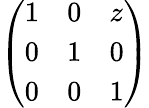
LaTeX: \left(\begin{array}{lll}{1}&{0}&{z}\\ {0}&{1}&{0}\\ {0}&{0}&{1}\end{array}\right)